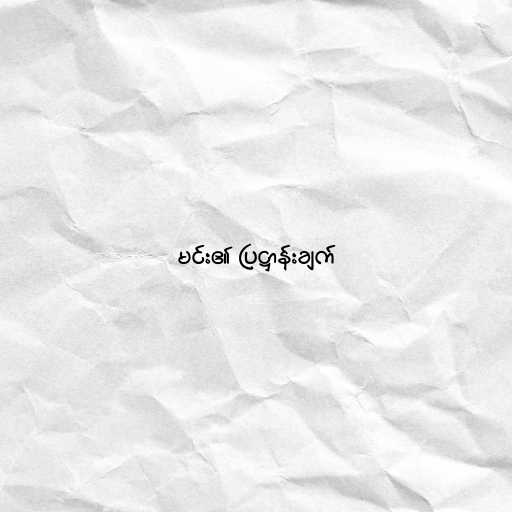
မင်း၏ ပြဋ္ဌာန်းချက်